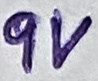
Text: 9V